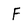
Character: F